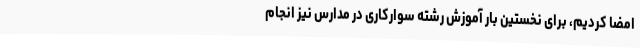
امضا کردیم، برای نخستین بار آموزش رشته سوارکاری در مدارس نیز انجام